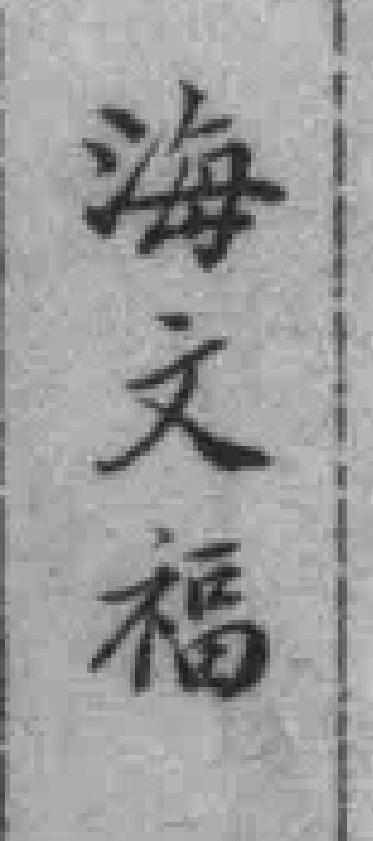
海文福